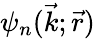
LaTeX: \psi_{n}(\vec{k};\vec{r})